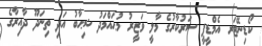
ކޯޑިނޭޓަރ އެމްޑީޕީ ސަރުކާރުގެ މާލީ ވަޒީރު މުޙައްމަދު ޝިޙާބު އަދި ތިނަދޫ ދާއިރާގެ